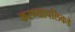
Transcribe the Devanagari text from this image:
करण्यापलिकडे